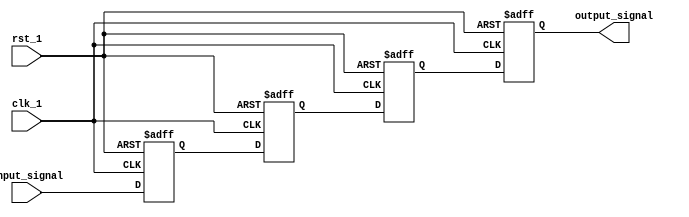
module cascade_synchronizer (
    input wire clk_1, // Input clock domain
    input wire rst_1, // Input reset signal
    input wire input_signal, // Input signal to be synchronized
    
    output reg output_signal // Output signal synchronized with destination clock domain
);

reg [1:0] ff1, ff2, ff3, ff4; // Four flip-flops in the cascade synchronizer

always @(posedge clk_1 or posedge rst_1) begin
    if (rst_1) begin
        ff1 <= 1'b0;
        ff2 <= 1'b0;
        ff3 <= 1'b0;
        ff4 <= 1'b0;
    end else begin
        ff1 <= input_signal;
        ff2 <= ff1;
        ff3 <= ff2;
        ff4 <= ff3;
    end
end

assign output_signal = ff4;

endmodule